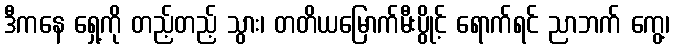
ဒီကနေ ရှေ့ကို တည့်တည့် သွား၊ တတိယမြောက်မီးပွိုင့် ရောက်ရင် ညာဘက် ကွေ့၊